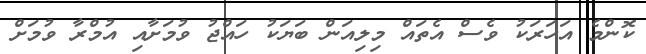
ކޮންމެ އަހަރަކު ވެސް އެތައް މިލިއަން ބަޔަކު ހައްޖު ވުމަށާއި އުމްރާ ވުމަށް